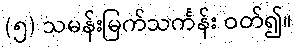
(၅) သမန်းမြက်သင်္ကန်း ဝတ်၍။